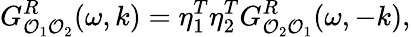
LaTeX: G_{{\cal O}_{1}{\cal O}_{2}}^{R}(\omega,k)=\eta_{1}^{T}\eta_{2}^{T}G_{{\cal O}_{2}{\cal O}_{1}}^{R}(\omega,-k),